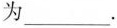
为___.